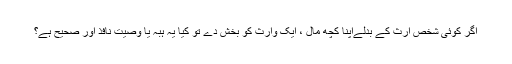
اگر کوئی شخص ارث کے بدلےاپنا کچھ مال ، ایک وارث کو بخش دے تو کیا یہ ہبہ یا وصیت نافذ اور صحیح ہے؟